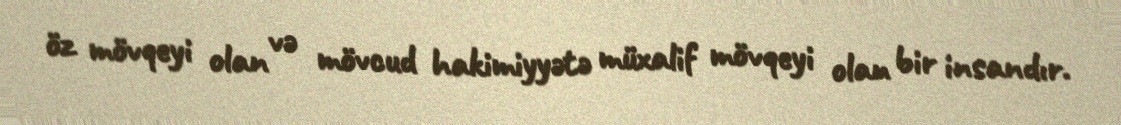
öz mövqeyi olan və mövcud hakimiyyətə müxalif mövqeyi olan bir insandır.